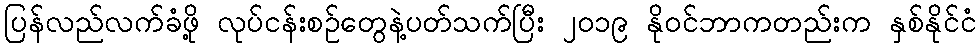
ပြန်လည်လက်ခံဖို့ လုပ်ငန်းစဉ်တွေနဲ့ပတ်သက်ပြီး ၂၀၁၉ နိုဝင်ဘာကတည်းက နှစ်နိုင်ငံ